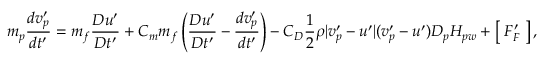
m _ { p } \frac { d v _ { p } ^ { \prime } } { d t ^ { \prime } } = m _ { f } \frac { D u ^ { \prime } } { D t ^ { \prime } } + C _ { m } m _ { f } \left( \frac { D u ^ { \prime } } { D t ^ { \prime } } - \frac { d v _ { p } ^ { \prime } } { d t ^ { \prime } } \right) - C _ { D } \frac { 1 } { 2 } \rho | v _ { p } ^ { \prime } - u ^ { \prime } | ( v _ { p } ^ { \prime } - u ^ { \prime } ) D _ { p } H _ { p w } + \left[ \; F _ { F } ^ { \prime } \; \right] ,